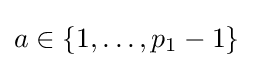
a\in \{1,\ldots ,p_{1}-1\}